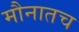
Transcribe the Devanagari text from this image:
मौनातच